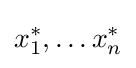
x_{1}^{*},\dots x_{n}^{*}